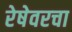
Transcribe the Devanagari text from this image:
रेषेवरचा